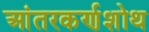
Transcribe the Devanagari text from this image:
आंतरकर्णशोथ